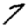
Digit: 7